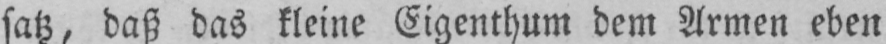
satz, daß das kleine Eigenthum dem Armen eben